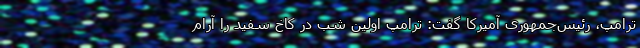
ترامپ، رئیس‌جمهوری آمیرکا گفت: ترامپ اولین شب در کاخ سفید را آرام